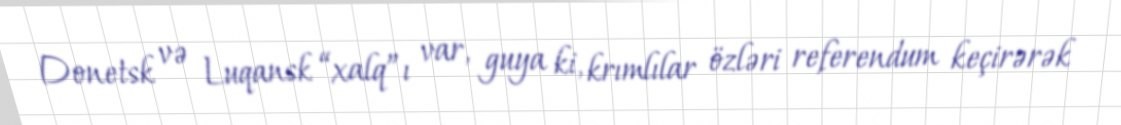
Donetsk və Luqansk “xalq”ı var, guya ki, krımlılar özləri referendum keçirərək